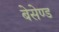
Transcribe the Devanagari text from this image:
बेसेण्ड